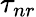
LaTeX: \tau_{nr}